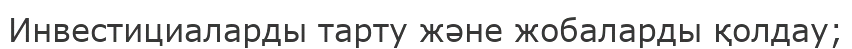
Инвестициаларды тарту және жобаларды қолдау;